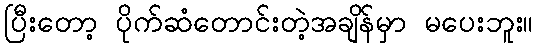
ပြီးတော့ ပိုက်ဆံတောင်းတဲ့အချိန်မှာ မပေးဘူး။